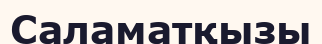
Саламатқызы